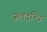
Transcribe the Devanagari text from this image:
जलदन्धि